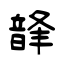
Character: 韸